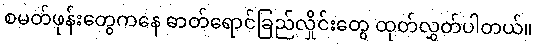
စမတ်ဖုန်းတွေကနေ ဓာတ်ရောင်ခြည်လှိုင်းတွေ ထုတ်လွှတ်ပါတယ်။